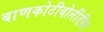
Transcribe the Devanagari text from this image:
बाणकोटीबोलींतील